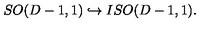
S O ( D - 1 , 1 ) \hookrightarrow I S O ( D - 1 , 1 ) .